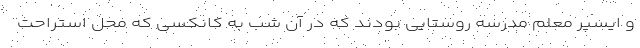
و ایسپر معلم مدرسه روستایی بودند که در آن شب به کانکسی که محل استراحت